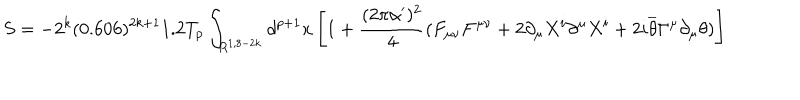
S = - 2 ^ { k } ( 0 . 6 0 6 ) ^ { 2 k + 1 } 1 . 2 T _ { p } \int _ { R ^ { 1 , 8 - 2 k } } d ^ { p + 1 } x \left[ 1 + \frac { ( 2 \pi \alpha ^ { \prime } ) ^ { 2 } } { 4 } ( F _ { \mu \nu } F ^ { \mu \nu } + 2 \partial _ { \mu } X ^ { i } \partial ^ { \mu } X ^ { i } + 2 i \overline { { { \theta } } } \Gamma ^ { \mu } \partial _ { \mu } \theta ) \right]